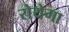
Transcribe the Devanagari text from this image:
रोयेगा